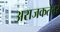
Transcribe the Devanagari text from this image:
अराजकतेवर